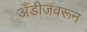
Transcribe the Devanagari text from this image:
अँडीजवरून